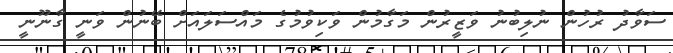
ސަވާދު ރުހުން ނުލިބުނު ވަޒީރުން މަގާމުން ވަކިވުމުގެ މައްސަލައަށް ބޭނުން ވަނީ ގާނޫނީ